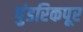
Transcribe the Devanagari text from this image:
पुंडरिकपूर